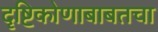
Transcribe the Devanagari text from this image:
दृष्टिकोणाबाबतचा